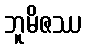
ဘူမိဇဿ